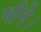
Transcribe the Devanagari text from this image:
भीने।